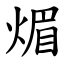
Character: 煝